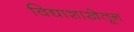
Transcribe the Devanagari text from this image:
विद्याशाखेतून